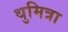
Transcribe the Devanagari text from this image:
थुमित्रा